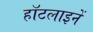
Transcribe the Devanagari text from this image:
हॉटलाइनें